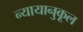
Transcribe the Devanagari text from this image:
न्यायानुकूल